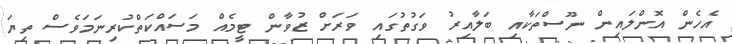
އެހެން އޮންލައިން ނޫސްތަކާއި ބަލާއިރު ވަގުތުގައި ވަރަށް ޒުވާން ޓީމެއް މަސައްކަތްކުރިނަމަވެސް ތިޔަ